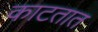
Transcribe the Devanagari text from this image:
काटतात